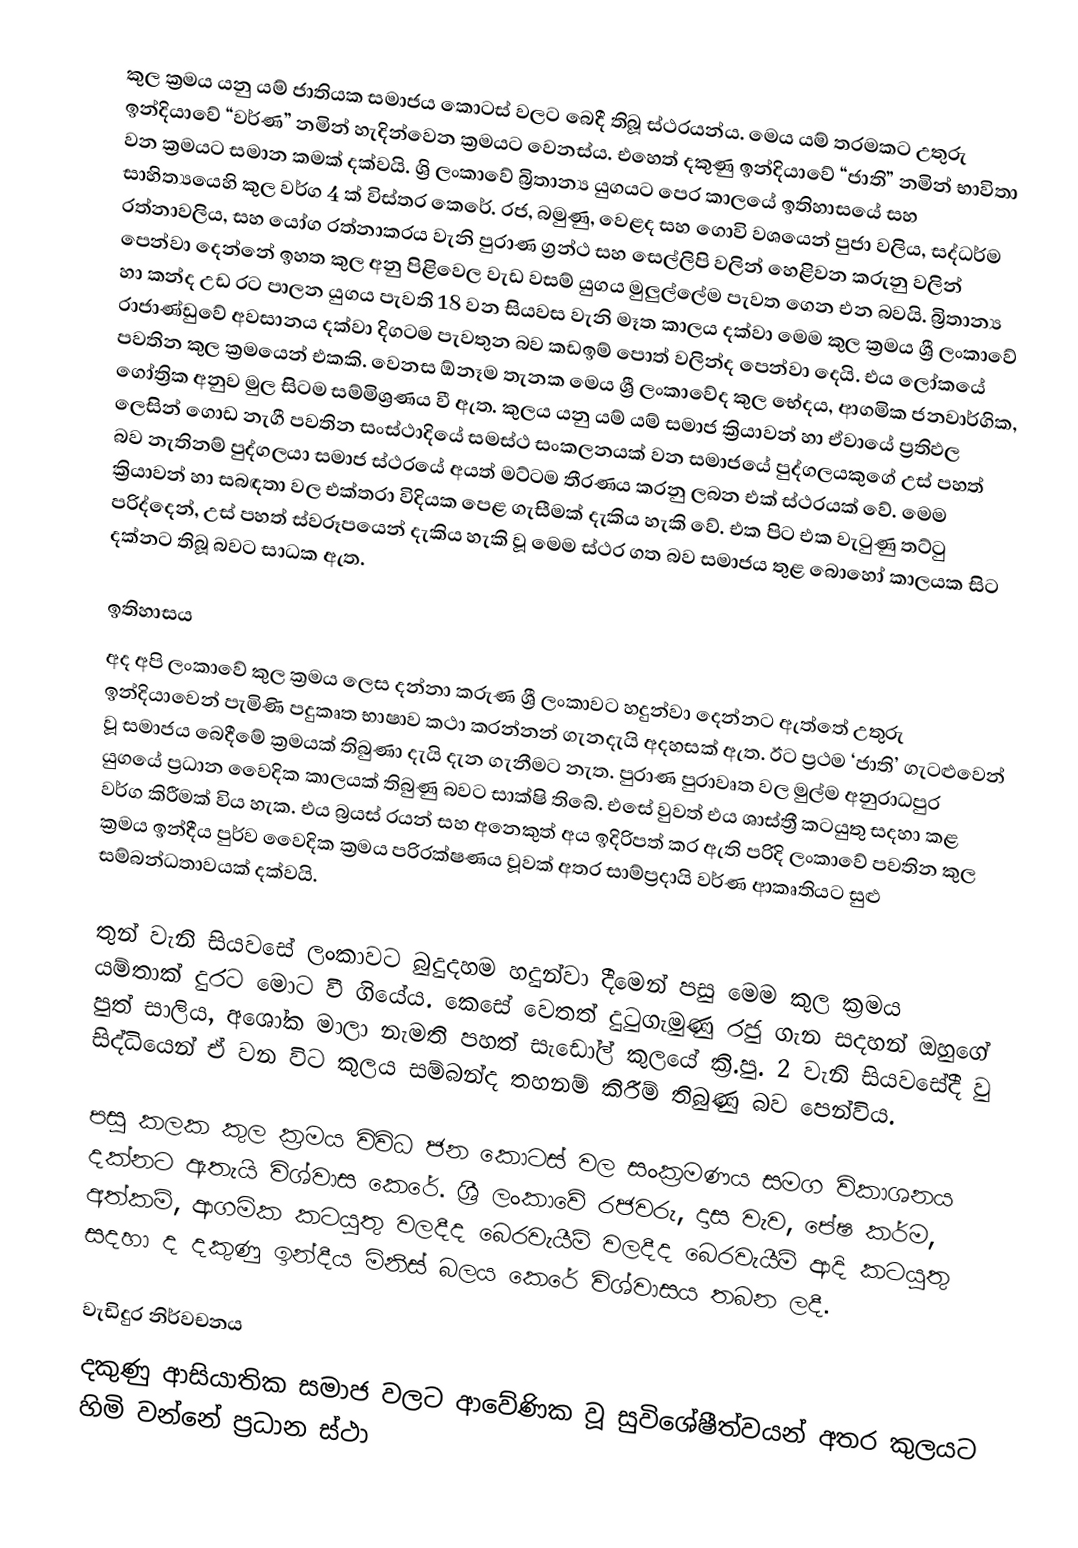
කුල ක්‍රමය යනු  යම් ජාතියක සමාජය  කොටස් වලට බෙදී තිබූ ස්ථරයන්ය. මෙය යම් තරමකට උතුරු ඉන්දියාවේ “වර්ණ” නමින් හැදින්වෙන ක්‍රමයට වෙනස්ය. එහෙත් දකුණු ඉන්දියාවේ “ජාති” නමින් භාවිතා වන ක්‍රමයට සමාන කමක් දක්වයි. ශ්‍රි ලංකාවේ බ්‍රිතාන්‍ය යුගයට පෙර කාලයේ ඉතිහාසයේ සහ සාහිත්‍යයෙහි කුල වර්ග 4 ක් විස්තර කෙරේ. රජ, බමුණු, වෙළද සහ ගොවි වශයෙන් පුජා වලිය, සද්ධර්ම රත්නාවලිය, සහ යෝග රත්නාකරය වැනි පුරාණ ග්‍රන්ථ සහ සෙල්ලිපි වලින් ‍හෙළිවන කරුනු වලින් පෙන්වා දෙන්නේ ඉහත කුල අනු පිළිවෙල වැඩ වසම් යුගය මුලුල්ලේම පැවත ගෙන එන බවයි. බ්‍රිතාන්‍ය හා කන්ද උඩ රට පාලන යුගය පැවති 18 වන සියවස වැනි මෑත කාලය දක්වා මෙම කුල ක්‍රමය ශ්‍රී ලංකාවේ  රාජාණ්ඩුවේ අවසානය දක්වා දිගටම පැවතුන බව කඩඉම් පොත් වලින්ද පෙන්වා දෙයි. එය ලෝකයේ පවතින කුල ක්‍රමයෙන් එකකි. වෙනස ඕනෑම තැනක මෙය ශ්‍රී ලංකාවේද කුල භේදය, ආගමික ජනවාර්ගික, ගෝත්‍රික අනුව මුල සිටම සම්මිශ්‍රණය වී ඇත. කුලය යනු යම් යම් සමාජ ක්‍රියාවන් හා ඒවායේ ප්‍රතිඵල ලෙසින් ගොඩ නැගී පවතින සංස්ථාදියේ සමස්ථ සංකලනයක් වන සමාජයේ  පුද්ගලයකුගේ උස් පහත් බව නැතිනම් පුද්ගලයා සමාජ ස්ථරයේ අයත් මට්ටම තීරණය කරනු ලබන එක් ස්ථරයක් වේ. මෙම ක්‍රියාවන් හා සබඳතා වල එක්තරා විදියක පෙළ ගැසීමක් දැකිය හැකි වේ. එක පිට එක වැටුණු තට්ටු පරිද්දෙන්, උස් පහත් ස්වරූපයෙන් දැකිය හැකි වූ මෙම ස්ථර ගත බව සමාජය තුළ බොහෝ කාලයක සිට දක්නට තිබූ බවට සාධක ඇත.

ඉතිහාසය
අද අපි ලංකාවේ කුල ක්‍රමය ලෙස දන්නා කරුණ ශ්‍රී ලංකාවට හදුන්වා දෙන්නට ඇත්තේ උතුරු ඉන්දියාවෙන් පැමිණි පදුකෘත භාෂාව කථා කරන්නන් ගැනදැයි අදහසක් ඇත. ඊට ප්‍රථම ‘ජාති’ ගැ‍ටළුවෙන් වූ සමාජය බෙදීමේ ක්‍රමයක්  තිබුණා දැයි දැන ගැනීමට නැත. පුරාණ පුරාවෘත වල මුල්ම අනුරාධපුර යුගයේ ප්‍රධාන වෛදික කාලයක් තිබුණු බවට සාක්ෂි  තිබේ. එසේ වුවත් එය ශාස්ත්‍රී කටයුතු සදහා කළ වර්ග කිරීමක් විය හැක.  එය බ්‍රයස් රයන් සහ අනෙකුත් අය ඉදිරිපත් කර ඇති පරිදි ලංකාවේ පවතින කුල ක්‍රමය ඉන්දීය පුර්ව වෛදික ක්‍රමය පරිරක්ෂණය වූවක් අතර සාම්ප්‍රදායි වර්ණ ආකෘතියට සුළු සම්බන්ධතාවයක් දක්වයි.

තුන් වැනි සියවසේ ලංකාවට‍  බුදුදහම හදුන්වා දීමෙන් පසු මෙම කුල ක්‍රමය යම්තාක් දුරට මොට වී ගියේය. කෙසේ වෙතත් දුටුගැමුණු රජු ගැන සදහන් ඔහුගේ පුත් සාලිය, අශෝක මාලා නැමති පහත් සැඩෝල් කුලයේ ක්‍රි.පු. 2 වැනි සියවසේදී වු  සිද්ධියෙන් ඒ වන විට කුලය සම්බන්ද තහනම් කිරීම් තිබුණු බව පෙන්විය.

පසු කලක කුල ක්‍රමය විවිධ ජන කොටස් වල සංක්‍රමණය සමග විකාශනය දක්නට ඇතැයි විශ්වාස කෙරේ. ශ්‍රී ලංකාවේ රජවරු, දාස වැව, පේෂ කර්ම, අත්කම්, ආගමික කටයුතු වලදීද බෙරවැයීම් වලදීද බෙරවැයීම් ආදි කටයුතු සදහා ද දකුණු ඉන්දීය මිනිස් බලය කෙරේ විශ්වාසය තබන ලදී.

වැඩිදුර නිර්වචනය
දකුණු ආසියාතික සමාජ වලට ආවේණික වූ සුවිශේෂීත්වයන් අතර කුලයට හිමි වන්නේ ප්‍රධාන ස්ථා